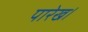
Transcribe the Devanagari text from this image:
पारेख।